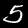
Digit: 5